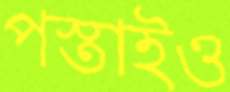
পস্তাইও